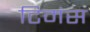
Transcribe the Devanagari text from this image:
टिमंस